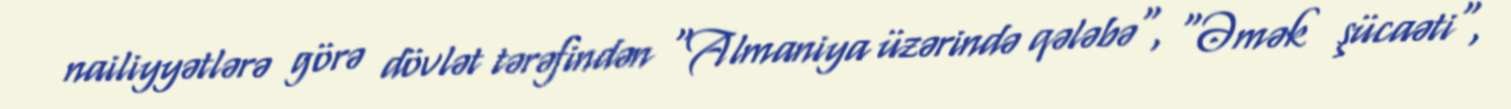
nailiyyətlərə görə dövlət tərəfindən "Almaniya üzərində qələbə", "Əmək şücaəti",